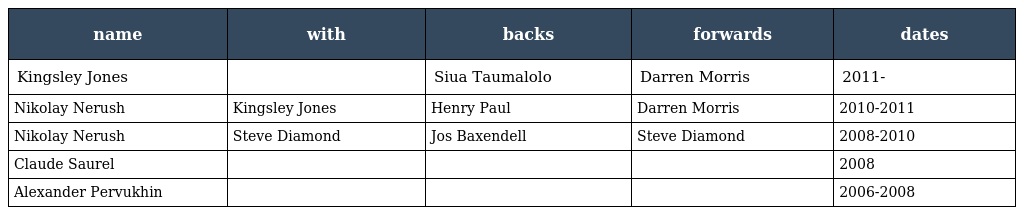
| name | with | backs | forwards | dates |
 | --- | --- | --- | --- | --- |
 | Kingsley Jones |  | Siua Taumalolo | Darren Morris | 2011- |
 | Nikolay Nerush | Kingsley Jones | Henry Paul | Darren Morris | 2010-2011 |
 | Nikolay Nerush | Steve Diamond | Jos Baxendell | Steve Diamond | 2008-2010 |
 | Claude Saurel |  |  |  | 2008 |
 | Alexander Pervukhin |  |  |  | 2006-2008 |